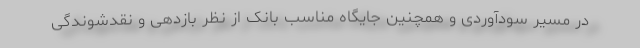
در مسیر سودآوردی و همچنین جایگاه مناسب بانک از نظر بازدهی و نقدشوندگی